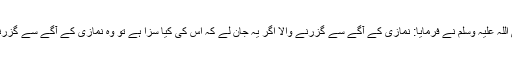
’’حضرت ابوجہیم رضی اللہ تعالیٰ عنہ راوی ہیں کہ آپ صلی اللہ علیہ وسلم نے فرمایا: نمازی کے آگے سے گزرنے والا اگر یہ جان لے کہ اس کی کیا سزا ہے تو وہ نمازی کے آگے سے گزرنے کے بجائے چالیس تک کھڑے رہنے کو بہتر خیال کرے۔